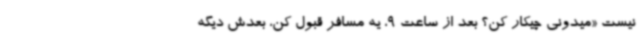
نیست «میدونی چیکار کن؟ بعد از ساعت 9، یه مسافر قبول کن، بعدش دیگه